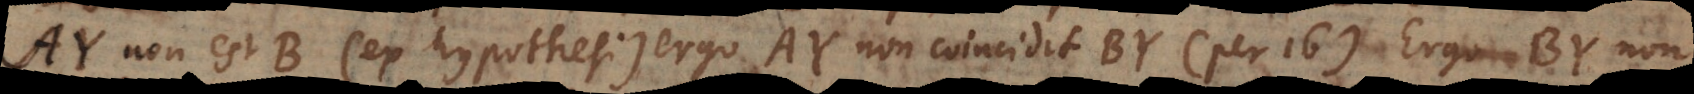
AY non est B (ex hypothesi), ergo AY non coincidit BY (per 16). Ergo BY non